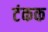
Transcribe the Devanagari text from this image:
टंकक